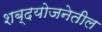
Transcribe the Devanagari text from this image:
शब्दयोजनेतील